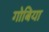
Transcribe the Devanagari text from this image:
गोबिया